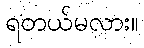
ရတယ်မလား။